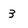
Character: 3